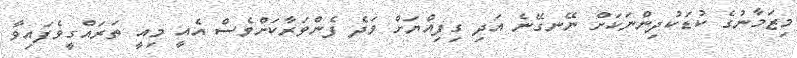
މިޒަމާނުގެ ކުޑަކުދިންނަކަށް ނޭނގޭނެ އަދި ގިފިއްޔަށް ވަދެ ފެންވަރާކަށްވެސް އެއީ މިއީ ތަރައްގީވެފައިވާ